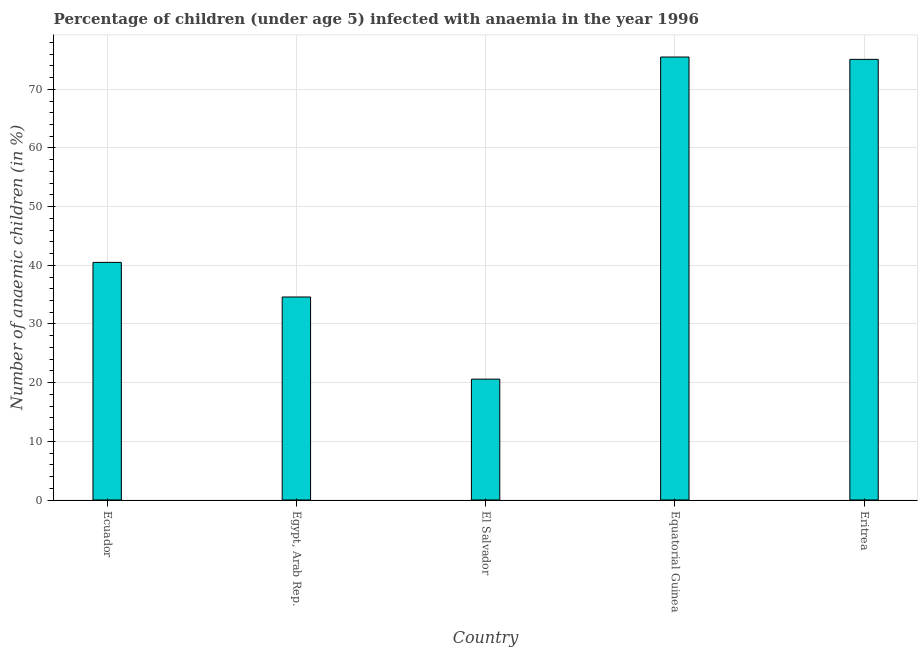
| Country | Prevalence of anemia among children |
 | --- | --- |
 | Ecuador | 40.5 |
 | Egypt, Arab Rep. | 34.6 |
 | El Salvador | 20.6 |
 | Equatorial Guinea | 75.5 |
 | Eritrea | 75.1 |